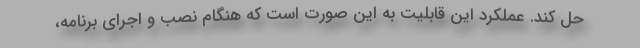
حل کند. عملکرد این قابلیت به این صورت است که هنگام نصب و اجرای برنامه،